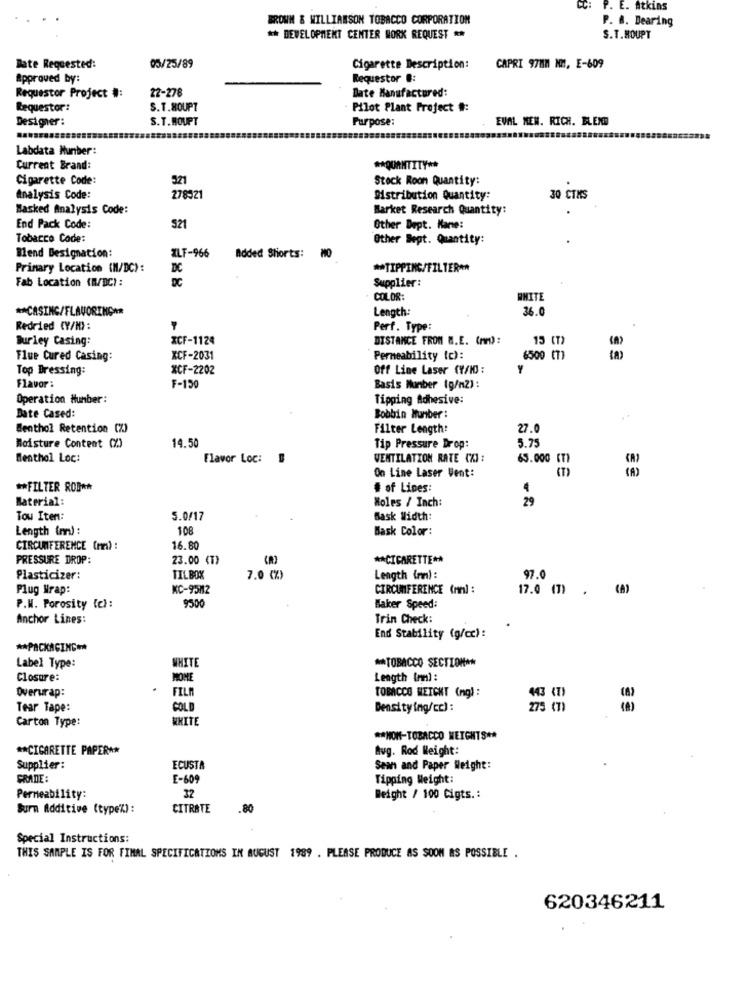
CC:
P. E. Atkins
BROWN & WILLIAMSON TOBACCO CORPORATION
P. B. Dearing
** DEVELOPMENT CENTER WORK REQUEST **
S.T.HOUPT
Date Requested:
05/25/89
Cigarette Description:
CAPRI 9787 NM, E-609
Approved by:
Requestor :
Requestor Project #:
22-278
Date Manufactured:
Requestor:
S.T.SOUPT
Pilot Plant Project #:
Designer:
S.T.HOUPT
Purpose:
EVAL MEN. RICH. BLEND
Labdata Number:
Current Brand:
** QUANTITY **
Cigarette Code:
521
Stock Roon Quantity:
Analysis Code:
278521
Distribution Quantity:
30 CTMS
Masked Analysis Code:
Market Research Quantity:
End Pack Code:
521
Other Dept. Kane:
Tobacco Code:
Other Sept. Quantity:
Blend Designation:
XLF-966
Added Shorts: #0
Primary Location (M/DC):
DC
** TIPPING/FILTER **
DC
Supplier:
Fab Location (m/BC) :
COLOR:
WHITE
** CASING/FLAVORING **
36.0
Length
Redried (Y/N):
Perf. Type:
Burley Casing:
XCF-1124
DISTANCE FROM W.E. (An):
15 (T)
Flue Cured Casing:
XCF-2031
Permeability tc):
6500 (7)
Top Dressing:
XCF-2202
Off Line Laser (V/10) :
Flavor:
F-150
Basis Number (g/n2) :
Operation Humber:
Tipping Adhesive:
Date Cased
Bobbin Munber :
Menthol Retention (%)
Filter Length:
27.0
14.50
5.75
Moisture Content (%)
Tip Pressure Drop:
Menthol Loc:
Flavor Loc:
VENTILATION RATE (X) :
63.000
On Line Laser Went:
** FILTER ROD **
# of Lines:
4
Material:
Holes / Inch:
29
Tow Iten:
5.0/17
Bask Width:
Length (m) :
108
Bask Color:
CIRCUMFERENCE (mm) :
16.80
PRESSURE DROP:
23.00 (T)
** CIGARETTE **
Plasticizer:
TILBOX
7.0 (%)
Length (nm) :
97.0
Plug Wrap:
KC-95/2
CIRCUMFERENCE (mm] :
17.0 (7).
P.M. Porosity {cl:
9500
Baker Speed:
Anchor Lines:
Trin Check:
End Stability (g/cc) :
** PACKAGING*
WHITE
** TOBACCO SECTION **
Label Type:
Closure:
MONE
Length (nm) :
Overwrap:
FILA
TOBACCO WEICHT (ng) :
443 (T)
Tear Tape:
COLD
Density ing/cc) :
275 (7)
Carton Type:
WHITE
** NON-TOBACCO HEIGHTS **
** CIGARETTE PAPER **
Avg. Rod Weight:
Supplier:
ECUSTA
Sean and Paper Weight:
CRADE:
E-609
Tipping Weight:
Permeability:
32
Weight / 100 Cigts .:
Burn Additive (type'%) :
CITRATE
.80
Special Instructions:
THIS SAMPLE IS FOR FINAL SPECIFICATIONS IN AUGUST 1989 . PLEASE PRODUCE AS SOON AS POSSIBLE .
620346211